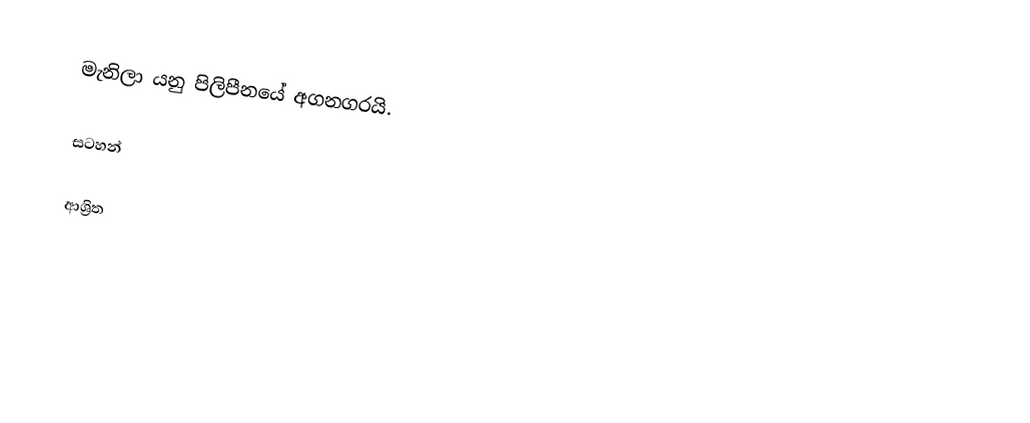
මැනිලා යනු පිලිපීනයේ අගනගරයි.

සටහන්

ආශ්‍රිත